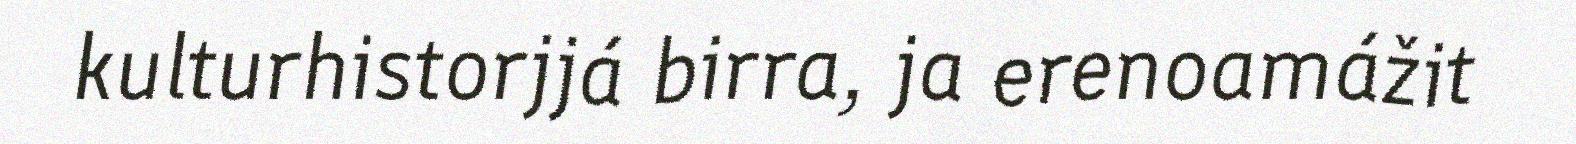
kulturhistorjjá birra, ja erenoamážit